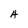
Character: H